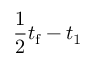
\frac { 1 } { 2 } t _ { \mathrm { f } } - t _ { 1 }